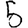
Digit: 5